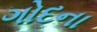
ગોદના